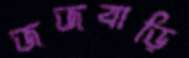
জজবাড়ি